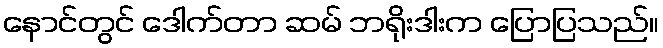
နောင်တွင် ဒေါက်တာ ဆမ် ဘရိုးဒါးက ပြောပြသည်။